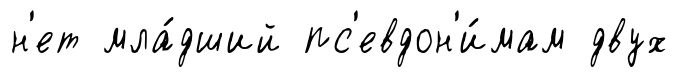
н'ет мла́дший пс'евдон'и́мам двух